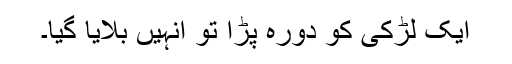
ایک لڑکی کو دورہ پڑا تو انہیں بلایا گیا۔